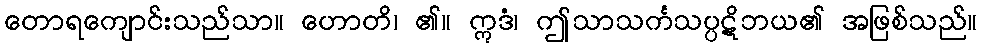
တောရကျောင်းသည်သာ။ ဟောတိ၊ ၏။ ဣဒံ၊ ဤသာသင်္ကသပ္ပဋိဘယ၏ အဖြစ်သည်။